Kures,_Voldemar, lk 30
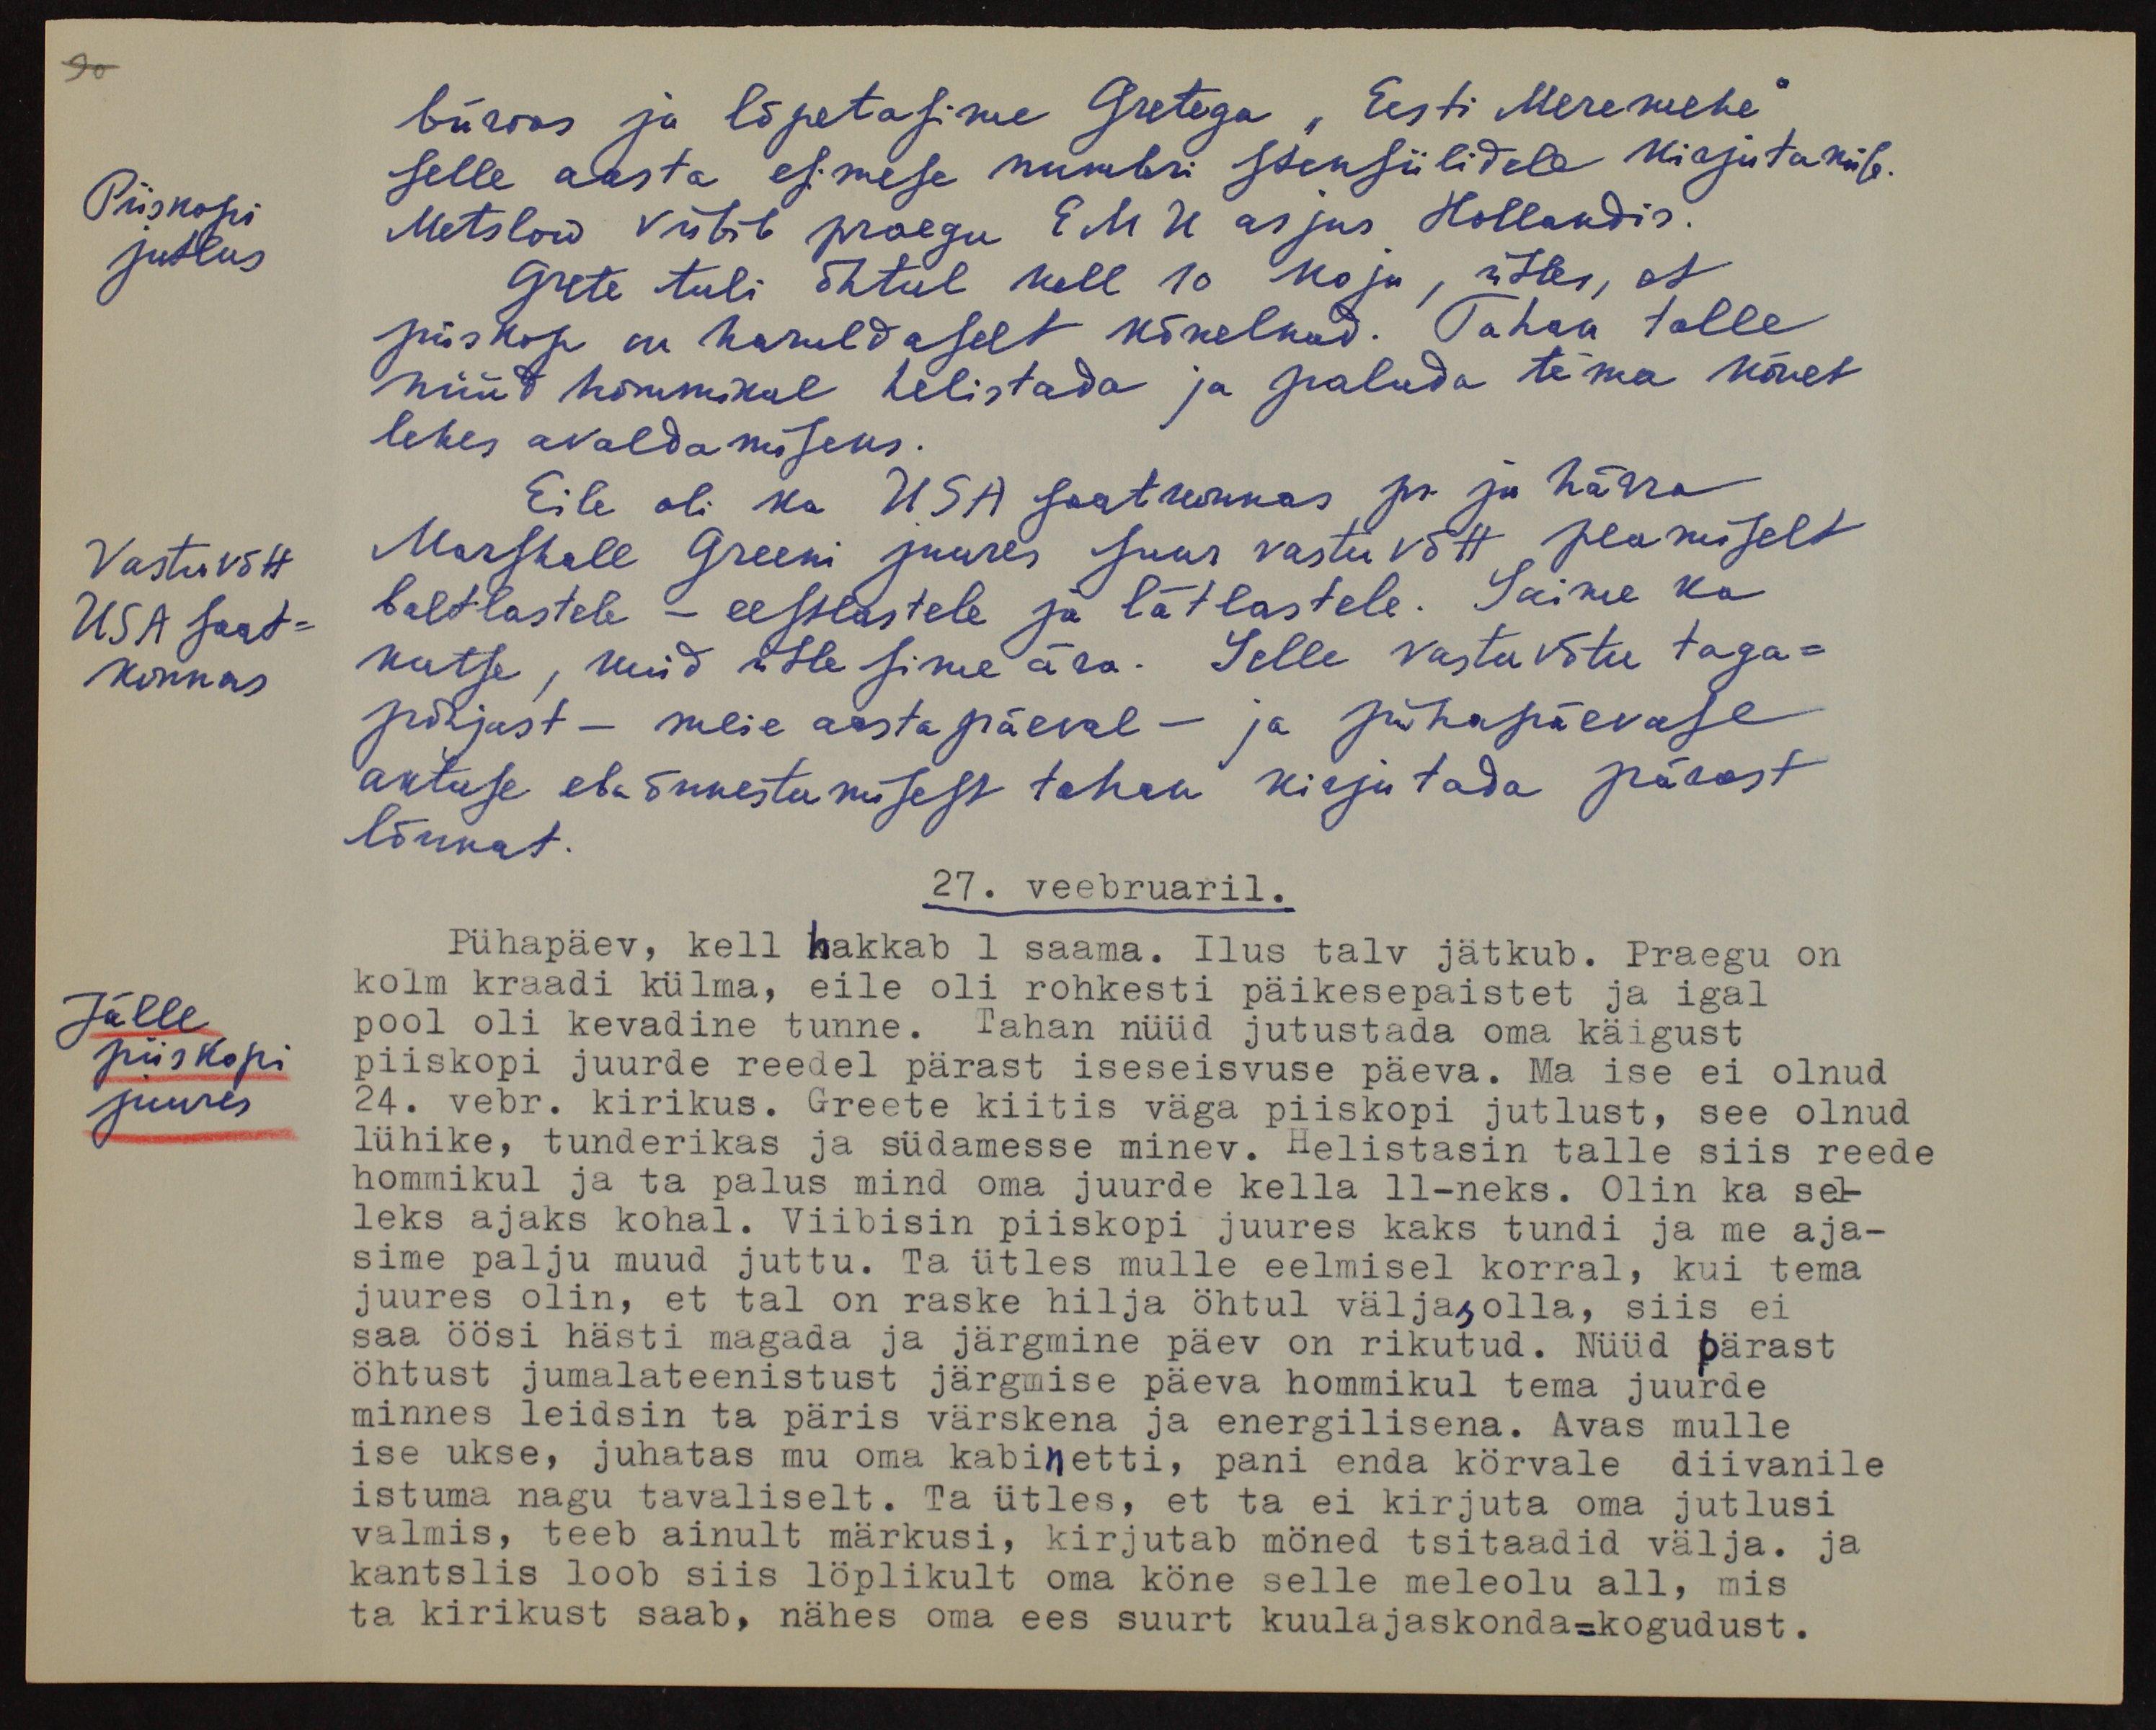
90
büroos ja lõpetasime Gretega "Eesti Meremehe"
Piiskopi
jutlus.
selle aasta esimese numbri spensiilidele kirjutamise.
Metslow viibib praegu EMU asjus Hollandis.
Grete tuli õhtul kell 10 koju, ütles, et
piiskop on haruldaselt kõnelnud. Tahan talle
nüüd hommikul helistada ja paluda tema kõnet
lehes avaldamiseks.
Eile oli ka USA saatkonnas pr ja härra
Marshall Greeni juures suur vastuvõtt peamiselt
Vastuvõtt
USA saat-
konnas
baltlastele - eestlastele ja lätlastele. Saime ka
kutse, kuid ütlesime ära. Selle vastuvõtu taga-
põhjust - meie aastapäeval - ja pühapäevase
aktuse ebaõnnestumisest tahan kirjutada pärast
lõunat.
27. veebruaril.
Pühapäev, kell hakkab 1 saama. Ilus talv jätkub. Praegu on
kolm kraadi külma, eile oli rohkesti päikesepaistet ja igal
Jälle
piiskopi
juures
pool oli kevadine tunne. Tahan nüüd jutustada oma käigust
piiskopi juurde reedel pärast iseseisvuse päeva. Ma ise ei olnud
24. vebr. kirikus. Greete kiitis väga piiskopi jutlust, see olnud
lühike, tunderikas ja südamesse minev. Helistasin talle siis reede
hommikul ja ta palus mind oma juurde kella 11-neks. Olin ka sel-
leks ajaks kohal. Viibisin piiskopi juures kaks tundi ja me aja-
sime palju muud juttu. Ta ütles mulle eelmisel korral, kui tema
juures olin, et tal on raske hilja öhtul väljas, olla, siis ei
saa öösi hästi magada ja järgmine päev on rikutud. Nüüd pärast
öhtust jumalateenistust järgmise päeva hommikul tema juurde
minnes leidsin ta päris värskena ja energilisena. Avas mulle
ise ukse, juhatas mu oma kabinetti, pani enda körvale diivanile
istuma nagu tavaliselt. Ta ütles, et ta ei kirjuta oma jutlusi
valmis, teeb ainult märkusi, kirjutab möned tsitaadid välja. ja
kantslis loob siis löplikult oma köne selle meleolu all, mis
ta kirikust saab, nähes oma ees suurt kuulajaskonda-kogudust.